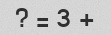
+ 3 = ?